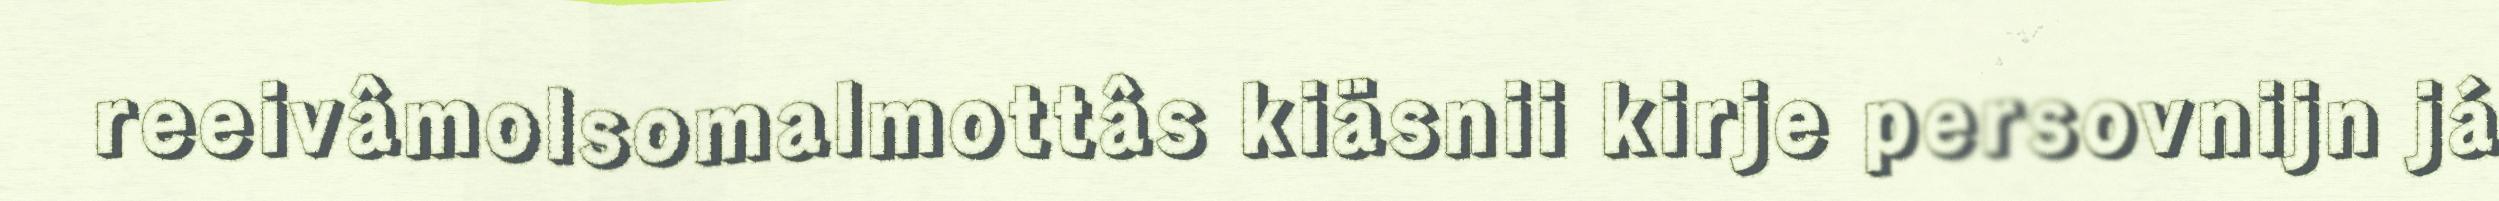
reeivâmolsomalmottâs kiäsnii kirje persovnijn já